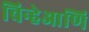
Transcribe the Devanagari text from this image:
चिन्हेआणि